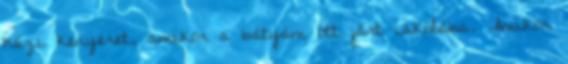
házi kenyeret, amikor a bátyám ott járt iskolába. Amikor